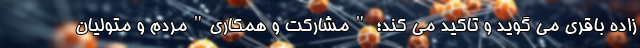
زاده باقری می گوید و تاکید می کند؛ "مشارکت و همکاری"مردم و متولیان